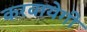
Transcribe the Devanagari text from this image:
करवायेगी